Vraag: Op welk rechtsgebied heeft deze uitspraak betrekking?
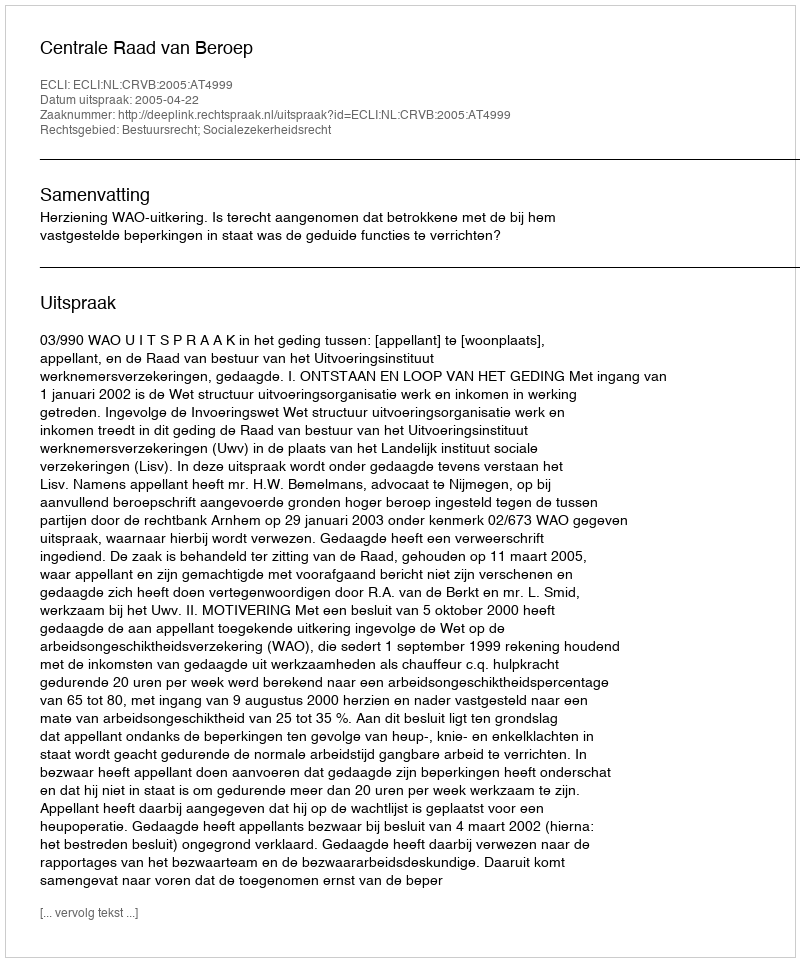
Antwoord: Bestuursrecht; Socialezekerheidsrecht